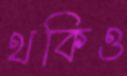
থকিও